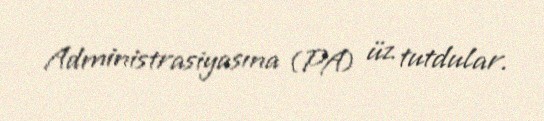
Administrasiyasına (PA) üz tutdular.